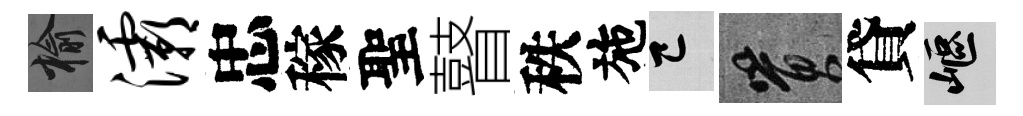
榆灞忠稼聖瞽秩施巳篔貸嶇